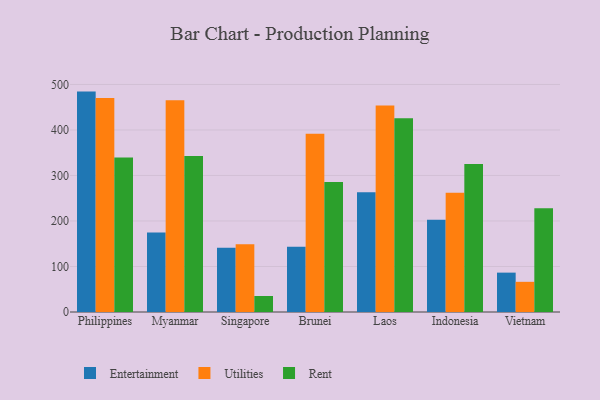
{"axis": {"x": "Country", "y": "Tickets Resolved"}, "legend": ["Entertainment", "Rent", "Utilities"], "data": [{"x": "Philippines", "y": 484.3, "type": "Entertainment"}, {"x": "Philippines", "y": 470.4, "type": "Utilities"}, {"x": "Philippines", "y": 339.5, "type": "Rent"}, {"x": "Myanmar", "y": 174.9, "type": "Entertainment"}, {"x": "Myanmar", "y": 465.4, "type": "Utilities"}, {"x": "Myanmar", "y": 343.0, "type": "Rent"}, {"x": "Singapore", "y": 141.0, "type": "Entertainment"}, {"x": "Singapore", "y": 148.7, "type": "Utilities"}, {"x": "Singapore", "y": 35.2, "type": "Rent"}, {"x": "Brunei", "y": 143.4, "type": "Entertainment"}, {"x": "Brunei", "y": 391.6, "type": "Utilities"}, {"x": "Brunei", "y": 285.9, "type": "Rent"}, {"x": "Laos", "y": 262.9, "type": "Entertainment"}, {"x": "Laos", "y": 453.7, "type": "Utilities"}, {"x": "Laos", "y": 426.0, "type": "Rent"}, {"x": "Indonesia", "y": 202.8, "type": "Entertainment"}, {"x": "Indonesia", "y": 262.0, "type": "Utilities"}, {"x": "Indonesia", "y": 325.4, "type": "Rent"}, {"x": "Vietnam", "y": 86.5, "type": "Entertainment"}, {"x": "Vietnam", "y": 66.3, "type": "Utilities"}, {"x": "Vietnam", "y": 228.0, "type": "Rent"}]}